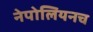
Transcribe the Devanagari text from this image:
नेपोलियनच